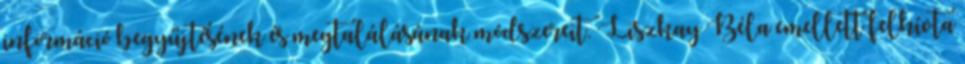
információ begyűjtésének és megtalálásának módszereit. Liszkay Béla emellett felhívta